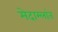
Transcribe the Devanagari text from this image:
मेदाम्लांत